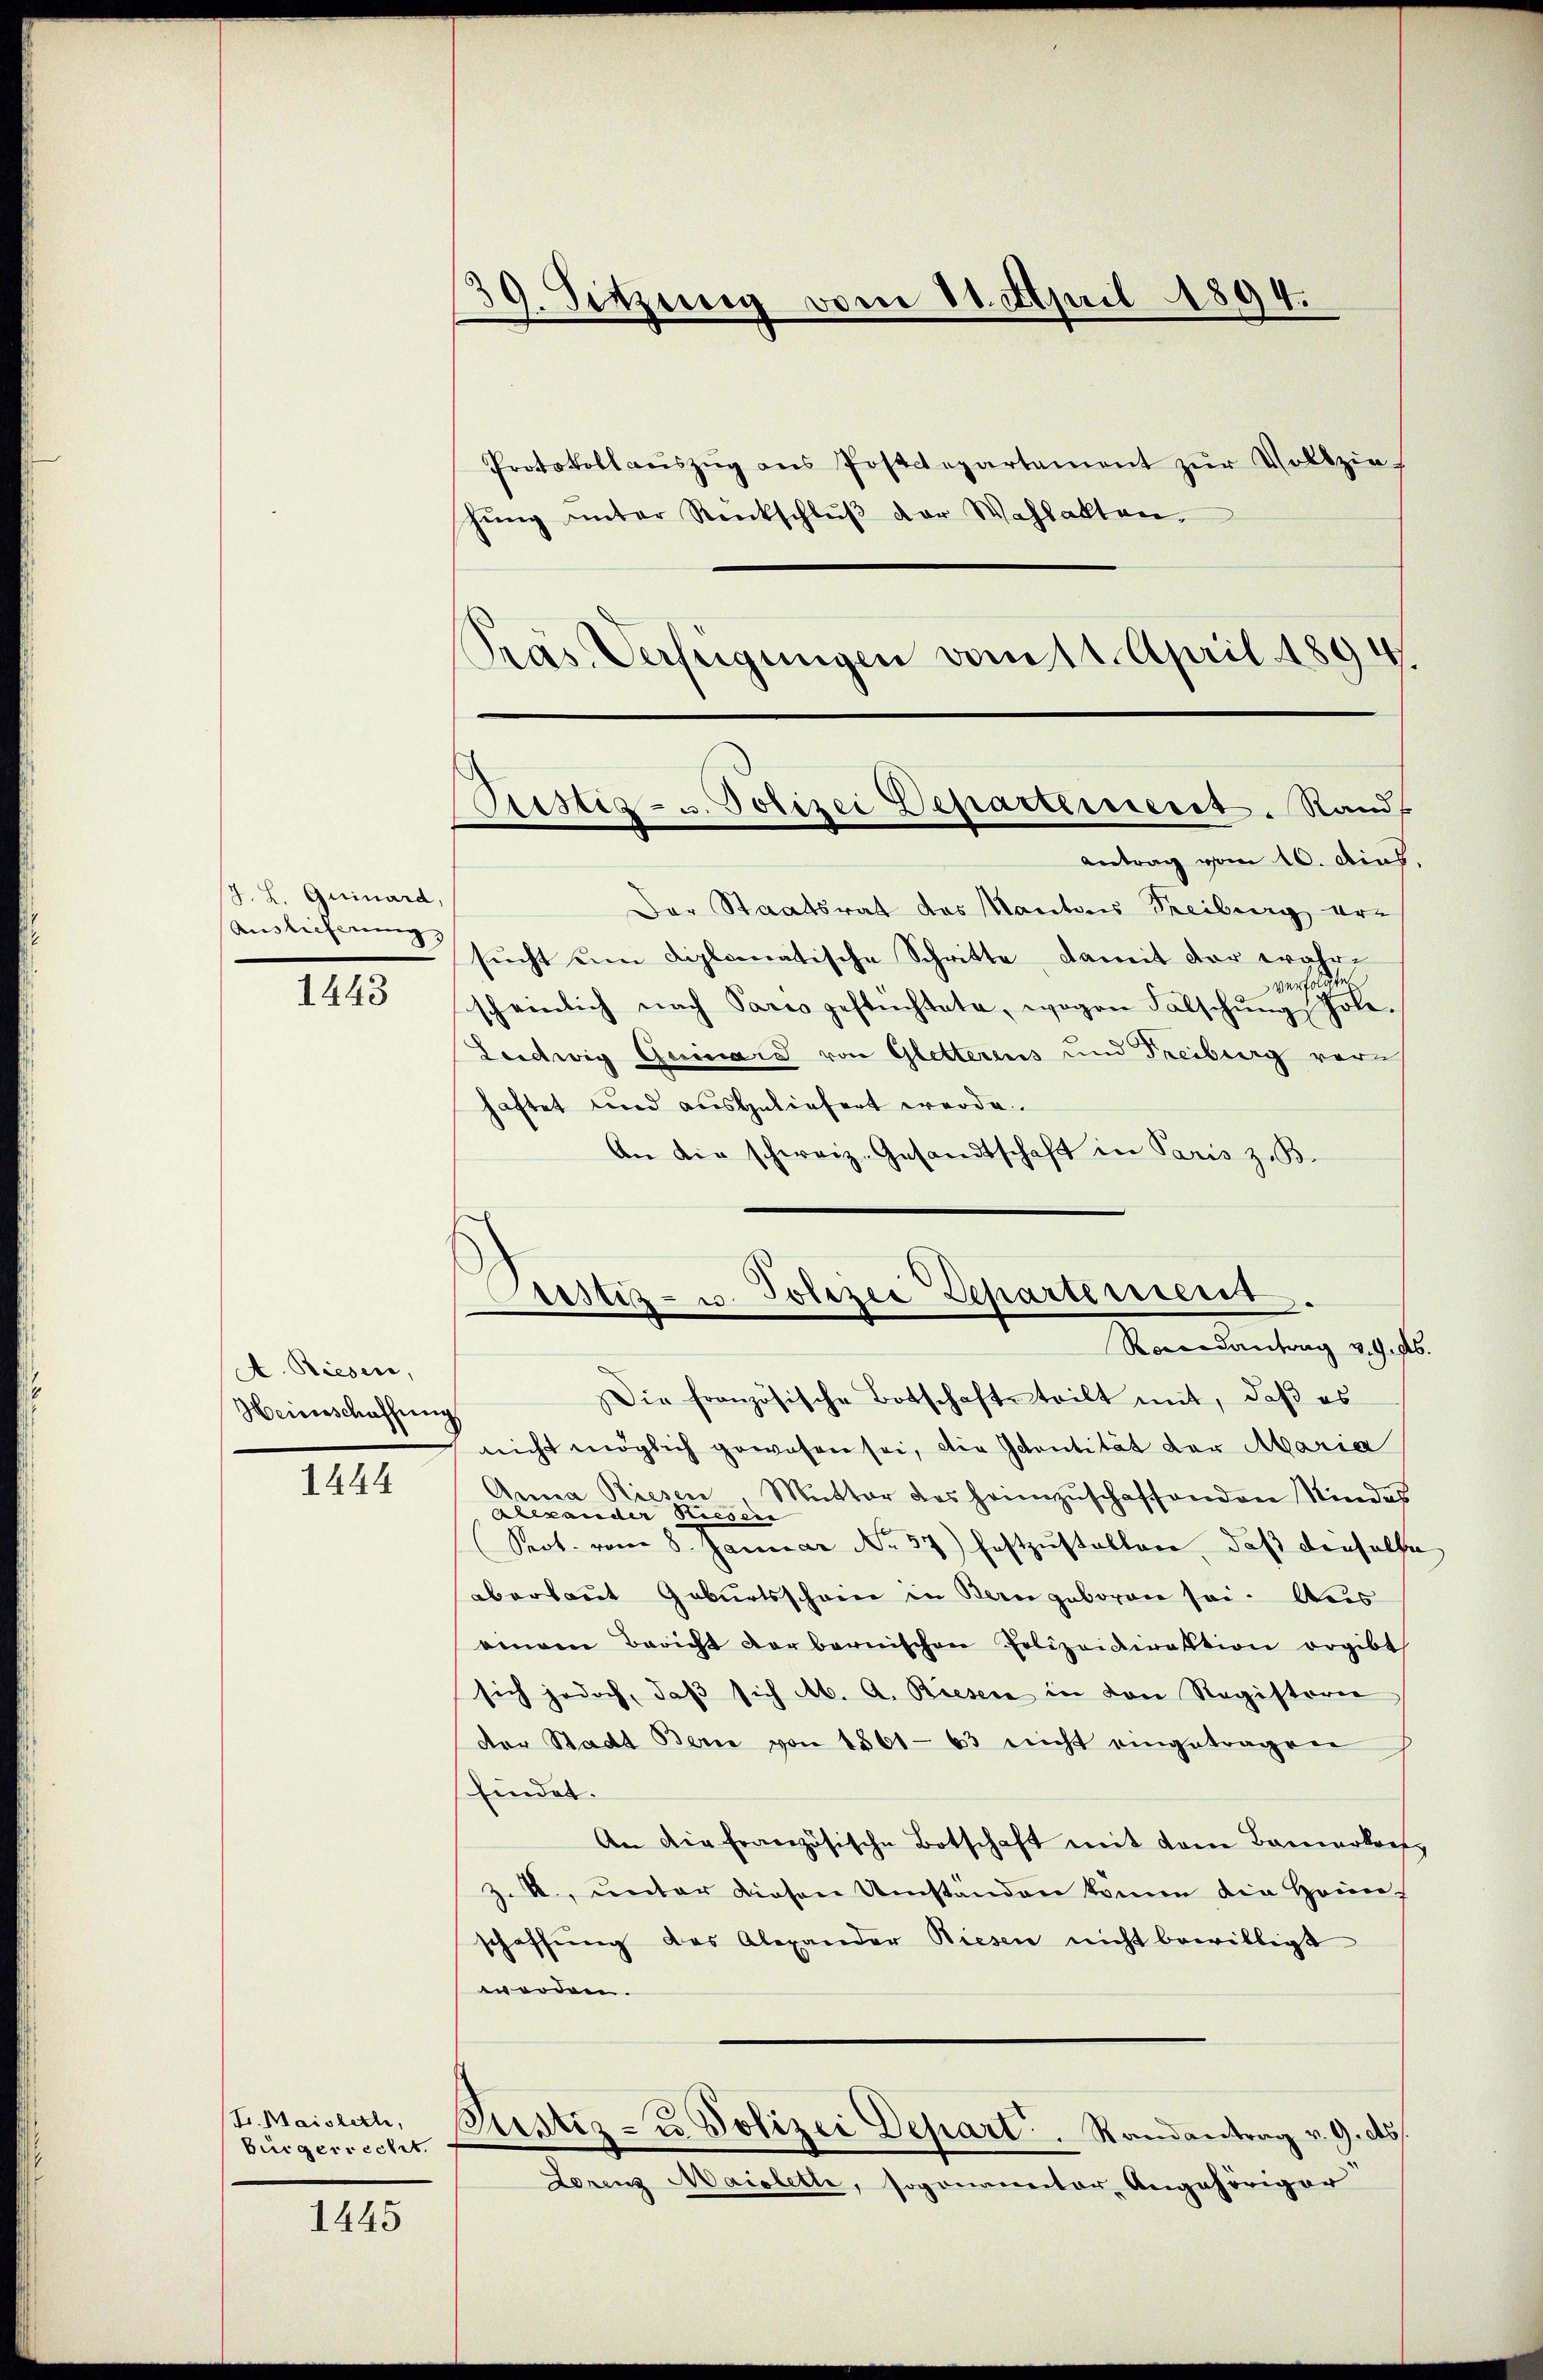
J. L. Guinard,
Auslieferung
1443

A. Riesen,
Heinschaffung

1444

Fr. Maistette,
bürgerrecht.

1445

39. Sitzung vom 11. April 1894.

Protokoll aŭszŭg ans Postdepartement zŭr Vollziehŭng ŭnter Rentschlŭβ der Wahlakten.
Präs. Verfügungen vom 11. April 1894.
Der Staatsrat des Kantons Treiburg ersucht um diplomatische Schritte, damit der wahre
scheinlich nach Pares geftüchtete, wogen Falschŭng Jole.
Leedwig Gemara von Gletterens und Freiburg vor
haftet und ausgeliefert werde.
An die schweiz. Gesandtschaft in Paris z. B.
Die französische Botschaftsteilt mit, daβ es
nicht möglich gewesen sei, die Identität der Maria
Anna Riesen, Mutter des heimzuschaffenden Kindes
Alexander Rieser
Prot. vom 8. Januar No. 37) festzŭstellen, daβ denselb
aberlaut Geburtsschein in Bern geboren sei. Aus
einem Bericht vorbernischen Polizeidirektion ergibt
sich jedoch, daß sich ab. A. Bieser in den Registerer
der Stadt Bern von 1861-63 nicht eingetragen
findet.
An die französische Botschaft mit dem Bauerkret
z. B., unter diesen Umstanden könne die Heinz
schaffŭng das Alexander Riesen nicht bewilligt
worden.
Justiz- u. Polizei Depart. Randantrag v. 9. ds.
Lorenz Maiolette, sogenannter Angehöriger

Sistiz- u. Polizei Departement. Stand
Antrag vom 10. dies,

Justiz- u. Polizei Departement.
Randantrag v.